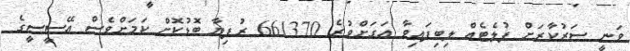
ވަނީ ސަރުކާރަށް ފުލެޓެއް ލިބިފައިވާ އަގަށްވުރެ 661370 ރުފިޔާ ބޮޑުކޮށް ކަމަށްވެސް އޭސީސީގެ